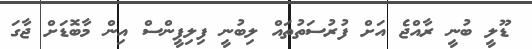
ޑޫލީ ބުނީ ރާއްޖެ އަށް ފުރުސަތުތައް ލިބުނީ ފިލިޕީންސް އިން މާބޮޑަށް ޖާގަ